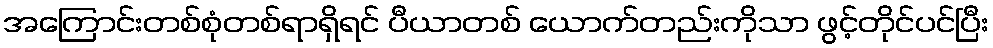
အကြောင်းတစ်စုံတစ်ရာရှိရင် ပီယာတစ် ယောက်တည်းကိုသာ ဖွင့်တိုင်ပင်ပြီး